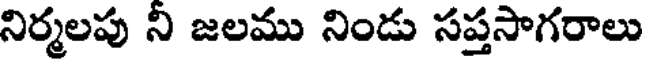
నిర్మలపు నీ జలము నిండు సప్తసాగరాలు